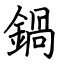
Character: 鍋